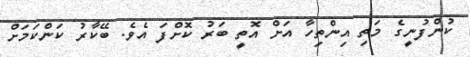
ކުންފުނީގެ މަތި އިންތިހާ އަށް އޮތީ ބަރު ކޮށްފަ އެވެ. ބޭކާރު ކަންކަމަށް